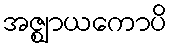
အဇ္ဈာယကောပိ